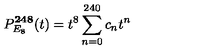
P _ { E _ { 8 } } ^ { \bf 2 4 8 } ( t ) = t ^ { 8 } \sum _ { n = 0 } ^ { 2 4 0 } c _ { n } t ^ { n }